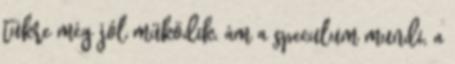
tükre még jól működik, ám a speculum mundi, a